Plague in India, 1896, 1897 - Volume 1
Year: 1896
Disease focus: Plague
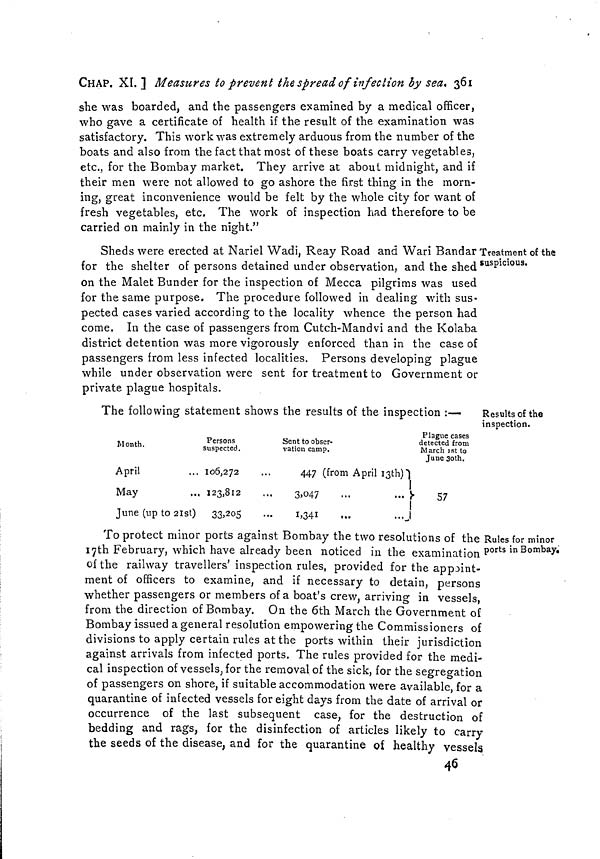
CHAP. XI. ] Measures to prevent the spread of infection by sea. 361
she was boarded, and the passengers examined by a medical officer,
who gave a certificate of health if the result of the examination was
satisfactory. This work was extremely arduous from the number of the
boats and also from the fact that most of these boats carry vegetables,
etc., for the Bombay market. They arrive at about midnight, and if
their men were not allowed to go ashore the first thing in the morn-
ing, great inconvenience would be felt by the whole city for want of
fresh vegetables, etc. The work of inspection had therefore to be
carried on mainly in the night."
Treatment of the
suspicious.
Sheds were erected at Nariel Wadi, Reay Road and Wari Bandar
for the shelter of persons detained under observation, and the shed
on the Malet Bunder for the inspection of Mecca pilgrims was used
for the same purpose. The procedure followed in dealing with sus-
pected cases varied according to the locality whence the person had
come. In the case of passengers from Cutch-Mandvi and the Kolaba
district detention was more vigorously enforced than in the case of
passengers from less infected localities. Persons developing plague
while under observation were sent for treatment to Government or
private plague hospitals.
Results of the
inspection.
The following statement shows the results of the inspection :—
Month.
April
May
June (up to 21st)
Persons
suspected.
106,272
123,812
33,205
Sent to obser-
vation camp.
447 (from April I3th)
3,047
...
... }
1,341
...
...
Plague cases
detected from
March 1st to
June 30th.
57
Rules for minor
ports in Bombay.
To protect minor ports against Bombay the two resolutions of the
17th February, which have already been noticed in the examination
of the railway travellers' inspection rules, provided for the appoint-
ment of officers to examine, and if necessary to detain, persons
whether passengers or members of a boat's crew, arriving in vessels,
from the direction of Bombay. On the 6th March the Government of
Bombay issued a general resolution empowering the Commissioners of
divisions to apply certain rules at the ports within their jurisdiction
against arrivals from infected ports. The rules provided for the medi-
cal inspection of vessels, for the removal of the sick, for the segregation
of passengers on shore, if suitable accommodation were available, for a
quarantine of infected vessels for eight days from the date of arrival or
occurrence of the last subsequent case, for the destruction of
bedding and rags, for the disinfection of articles likely to carry
the seeds of the disease, and for the quarantine of healthy vessels
46